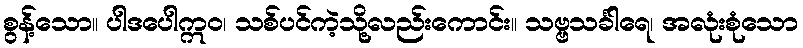
စွန့်သော။ ပါဒပေါဣဝ၊ သစ်ပင်ကဲ့သို့လည်းကောင်း။ သဗ္ဗသင်္ခါရေ၊ အလုံးစုံသော